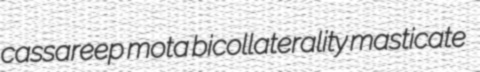
cassareep mota bicollaterality masticate